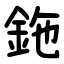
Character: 鉇